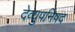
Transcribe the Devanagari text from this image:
देव्युपनिषद